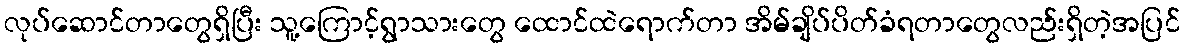
လုပ်ဆောင်တာတွေရှိပြီး သူ့ကြောင့်ရွာသားတွေ ထောင်ထဲရောက်တာ အိမ်ချိပ်ပိတ်ခံရတာတွေလည်းရှိတဲ့အပြင်